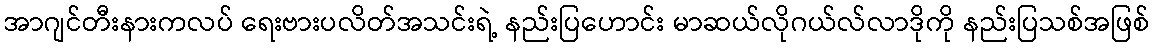
အာဂျင်တီးနားကလပ် ရေးဗားပလိတ်အသင်းရဲ့ နည်းပြဟောင်း မာဆယ်လိုဂယ်လ်လာဒိုကို နည်းပြသစ်အဖြစ်